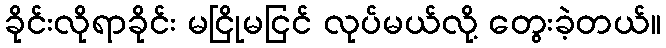
ခိုင်းလိုရာခိုင်း မငြိုမငြင် လုပ်မယ်လို့ တွေးခဲ့တယ်။